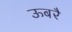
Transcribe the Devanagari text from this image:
ऊबरै